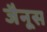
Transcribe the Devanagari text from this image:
जैनूस